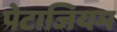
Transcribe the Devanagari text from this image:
पेटाजियम